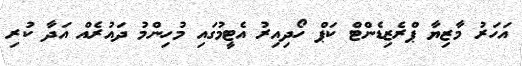
އަހަރު މާޒިޔާ ޕްރެޒިޑެންޓް ކަޕް ހޯދިއިރު އެޓީމުގައި މުހިންމު ދައުރެއް އަދާ ކުރި